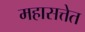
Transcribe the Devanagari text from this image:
महासत्तेत